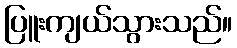
ပြူးကျယ်သွားသည်။